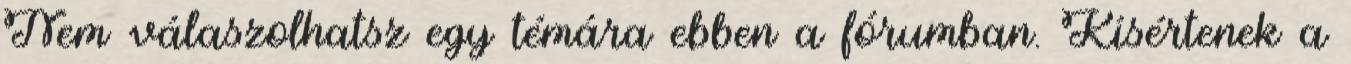
Nem válaszolhatsz egy témára ebben a fórumban. Kísértenek a